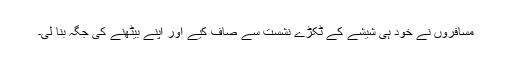
مسافروں نے خود ہی شیشے کے ٹکڑے نشست سے صاف کیے اور اپنے بیٹھنے کی جگہ بنا لی۔